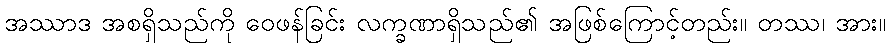
အဿာဒ အစရှိသည်ကို ဝေဖန်ခြင်း လက္ခဏာရှိသည်၏ အဖြစ်ကြောင့်တည်း။ တဿ၊ အား။